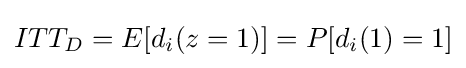
ITT_{D}=E[d_{i}(z=1)]=P[d_{i}(1)=1]